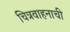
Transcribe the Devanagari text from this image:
चित्रवाहनाची